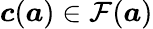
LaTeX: \boldsymbol{c}(\boldsymbol{a})\in\mathcal{F}(\boldsymbol{a})